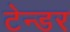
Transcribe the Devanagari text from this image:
टेन्‍डर